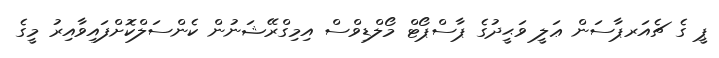
ޕީ ގެ ޗެއަރޕާސަން ޢަލީ ވަޙީދުގެ ޕާސްޕޯޓް މޯލްޑިވްސް އިމިގްރޭޝަނުން ކެންސަލްކޮށްފައިވާއިރު މީގެ